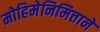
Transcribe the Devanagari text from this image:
मोहिमेनिमित्ताने